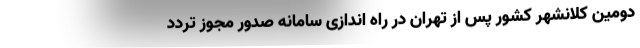
دومین کلانشهر کشور پس از تهران در راه اندازی سامانه صدور مجوز تردد